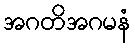
အဂတိအဂမနံ